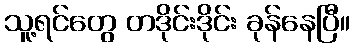
သူ့ရင်တွေ တဒိုင်းဒိုင်း ခုန်နေပြီ။